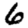
Digit: 6